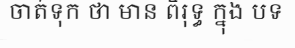
ចាត់ទុក ថា មាន ពិរុទ្ធ ក្នុង បទ